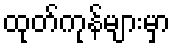
ထုတ်ကုန်များမှာ